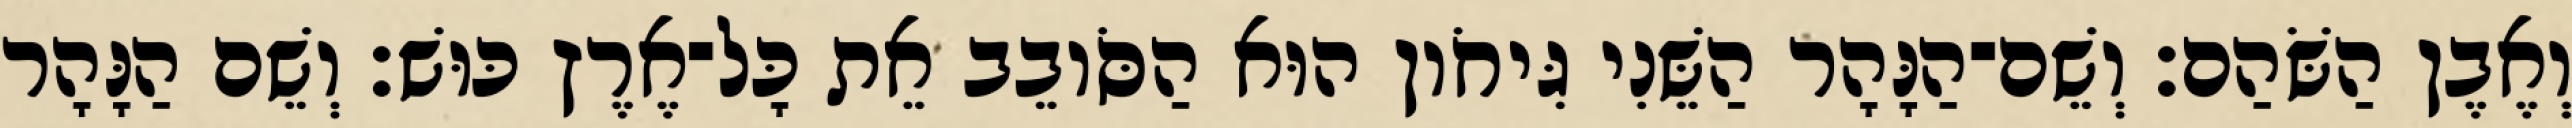
וְאֶבֶן הַשֹּׁהַם׃ וְשֵׁם־הַנָּהָר הַשֵּׁנִי גִּיחֹון הוּא הַסֹּובֵב אֵת כָּל־אֶרֶץ כּוּשׁ׃ וְשֵׁם הַנָּהָר